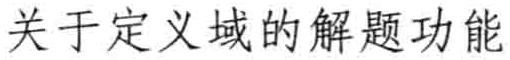
关于定义域的解题功能